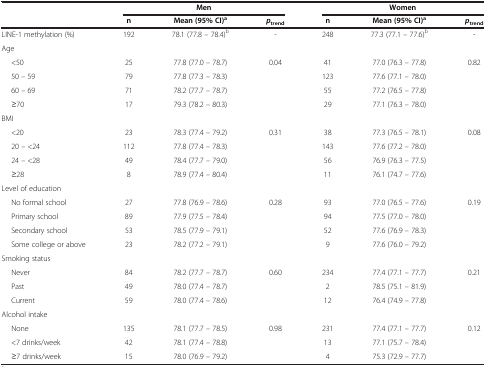
<table><thead><tr><td><b> </b></td><td colspan="3"><b>Men</b></td><td colspan="3"><b>Women</b></td></tr><tr><td><b> </b></td><td><b>n</b></td><td><b>Mean (95% CI)<sup>a</sup></b></td><td><b><i>p</i><sub>trend</sub></b></td><td><b>n</b></td><td><b>Mean (95% CI)<sup>a</sup></b></td><td><b><i>p</i><sub>trend</sub></b></td></tr></thead><tbody><tr><td>LINE-1 methylation (%)</td><td>192</td><td>78.1 (77.8 – 78.4)<sup>b</sup></td><td>-</td><td>248</td><td>77.3 (77.1 – 77.6)<sup>b</sup></td><td>-</td></tr><tr><td>Age</td><td> </td><td> </td><td> </td><td> </td><td> </td><td> </td></tr><tr><td>&lt;50</td><td>25</td><td>77.8 (77.0 – 78.7)</td><td>0.04</td><td>41</td><td>77.0 (76.3 – 77.8)</td><td>0.82</td></tr><tr><td>50 – 59</td><td>79</td><td>77.8 (77.3 – 78.3)</td><td> </td><td>123</td><td>77.6 (77.1 – 78.0)</td><td> </td></tr><tr><td>60 – 69</td><td>71</td><td>78.2 (77.7 – 78.7)</td><td> </td><td>55</td><td>77.2 (76.5 – 77.8)</td><td> </td></tr><tr><td>≥70</td><td>17</td><td>79.3 (78.2 – 80.3)</td><td> </td><td>29</td><td>77.1 (76.3 – 78.0)</td><td> </td></tr><tr><td>BMI</td><td> </td><td> </td><td> </td><td> </td><td> </td><td> </td></tr><tr><td>&lt;20</td><td>23</td><td>78.3 (77.4 – 79.2)</td><td>0.31</td><td>38</td><td>77.3 (76.5 – 78.1)</td><td>0.08</td></tr><tr><td>20 – &lt;24</td><td>112</td><td>77.8 (77.4 – 78.3)</td><td> </td><td>143</td><td>77.6 (77.2 – 78.0)</td><td> </td></tr><tr><td>24 – &lt;28</td><td>49</td><td>78.4 (77.7 – 79.0)</td><td> </td><td>56</td><td>76.9 (76.3 – 77.5)</td><td> </td></tr><tr><td>≥28</td><td>8</td><td>78.9 (77.4 – 80.4)</td><td> </td><td>11</td><td>76.1 (74.7 – 77.6)</td><td> </td></tr><tr><td>Level of education</td><td> </td><td> </td><td> </td><td> </td><td> </td><td> </td></tr><tr><td>No formal school</td><td>27</td><td>77.8 (76.9 – 78.6)</td><td>0.28</td><td>93</td><td>77.0 (76.5 – 77.6)</td><td>0.19</td></tr><tr><td>Primary school</td><td>89</td><td>77.9 (77.5 – 78.4)</td><td> </td><td>94</td><td>77.5 (77.0 – 78.0)</td><td> </td></tr><tr><td>Secondary school</td><td>53</td><td>78.5 (77.9 – 79.1)</td><td> </td><td>52</td><td>77.6 (76.9 – 78.3)</td><td> </td></tr><tr><td>Some college or above</td><td>23</td><td>78.2 (77.2 – 79.1)</td><td> </td><td>9</td><td>77.6 (76.0 – 79.2)</td><td> </td></tr><tr><td>Smoking status</td><td> </td><td> </td><td> </td><td> </td><td> </td><td> </td></tr><tr><td>Never</td><td>84</td><td>78.2 (77.7 – 78.7)</td><td>0.60</td><td>234</td><td>77.4 (77.1 – 77.7)</td><td>0.21</td></tr><tr><td>Past</td><td>49</td><td>78.0 (77.4 – 78.7)</td><td> </td><td>2</td><td>78.5 (75.1 – 81.9)</td><td> </td></tr><tr><td>Current</td><td>59</td><td>78.0 (77.4 – 78.6)</td><td> </td><td>12</td><td>76.4 (74.9 – 77.8)</td><td> </td></tr><tr><td>Alcohol intake</td><td> </td><td> </td><td> </td><td> </td><td> </td><td> </td></tr><tr><td>None</td><td>135</td><td>78.1 (77.7 – 78.5)</td><td>0.98</td><td>231</td><td>77.4 (77.1 – 77.7)</td><td>0.12</td></tr><tr><td>&lt;7 drinks/week</td><td>42</td><td>78.1 (77.4 – 78.8)</td><td> </td><td>13</td><td>77.1 (75.7 – 78.4)</td><td> </td></tr><tr><td>≥7 drinks/week</td><td>15</td><td>78.0 (76.9 – 79.2)</td><td> </td><td>4</td><td>75.3 (72.9 – 77.7)</td><td> </td></tr></tbody></table>